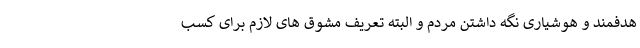
هدفمند و هوشیاری نگه داشتن مردم و البته تعریف مشوق های لازم برای کسب